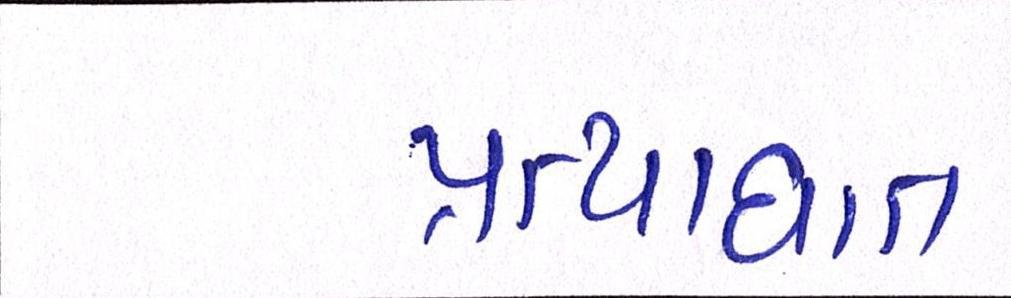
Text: પ્રત્યાઘાત